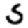
Digit: 5